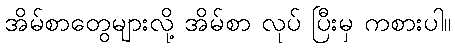
အိမ်စာတွေများလို့ အိမ်စာ လုပ် ပြီးမှ ကစားပါ။